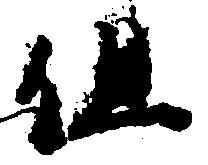
但